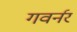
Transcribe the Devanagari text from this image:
गवर्नर